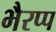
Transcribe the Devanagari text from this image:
भैरप्प